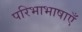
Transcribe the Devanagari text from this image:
परिभाभाषाएँ